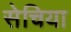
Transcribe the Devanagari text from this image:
सेचिया